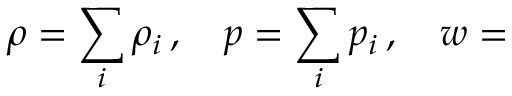
\rho = \sum _ { i } \rho _ { i } \, , \quad p = \sum _ { i } p _ { i } \, , \quad w =